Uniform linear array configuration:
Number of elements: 64
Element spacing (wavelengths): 0.5
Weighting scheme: uniform
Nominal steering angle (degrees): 0
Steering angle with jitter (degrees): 1.297
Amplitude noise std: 0.05
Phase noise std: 0.05

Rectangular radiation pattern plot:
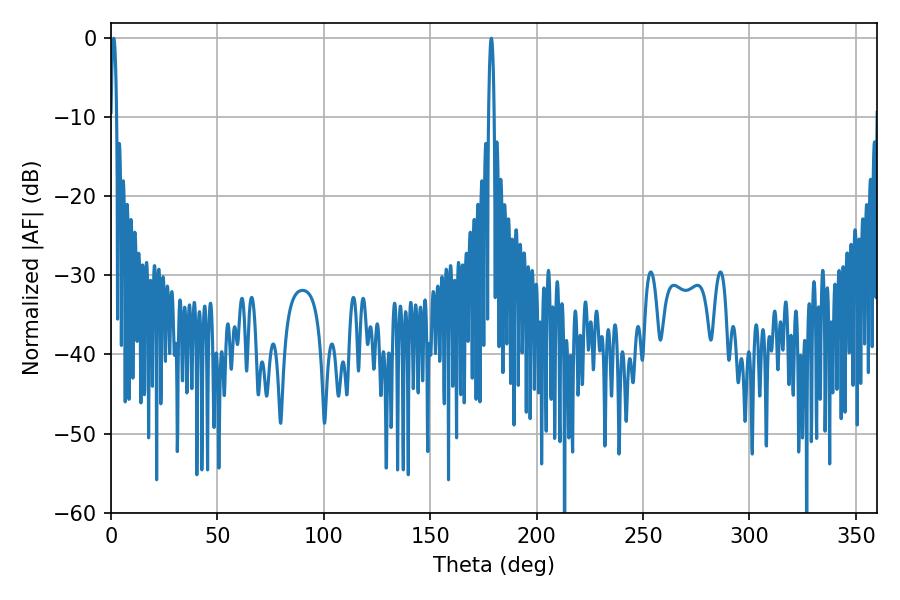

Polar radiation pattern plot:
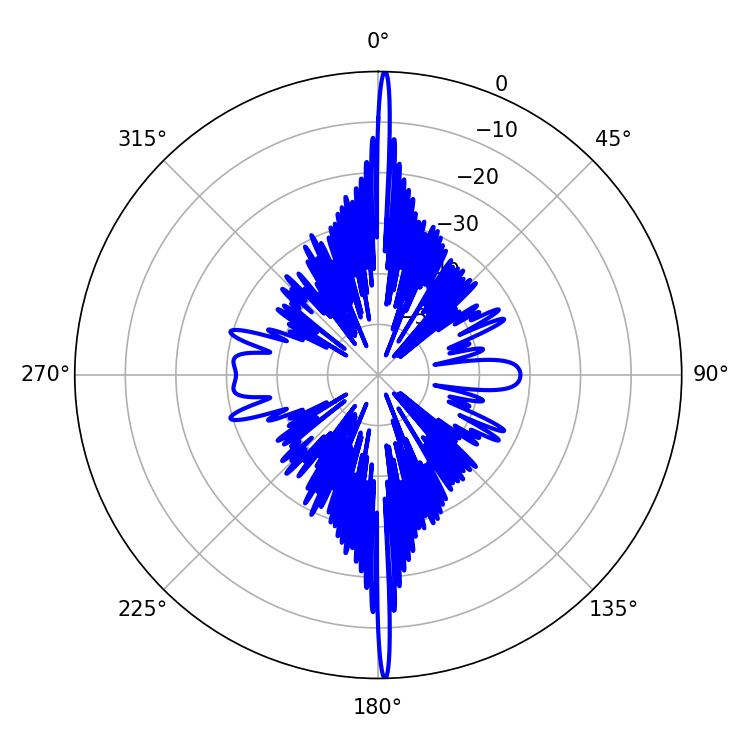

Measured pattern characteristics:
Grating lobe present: FALSE
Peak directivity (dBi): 32.256
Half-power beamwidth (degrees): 1.44
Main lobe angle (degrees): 1.26